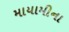
માયામીના